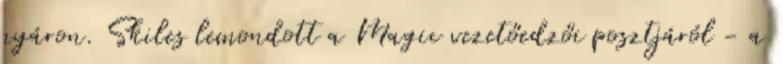
nyáron. Skiles lemondott a Magic vezetőedzői posztjáról - a